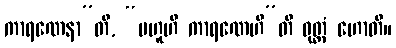
ကာရဏေနာ”တိ, “ဗဟူဟိ ကာရဏေဟီ”တိ ဝုတ္တံ ဟောတိ။